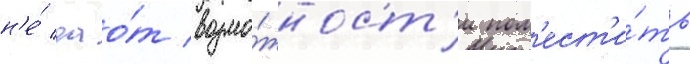
н'е́ дао́т возмо́жност'и пом'ест'и́ть